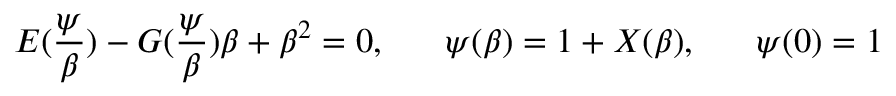
E ( \frac { \psi } { \beta } ) - G ( \frac { \psi } { \beta } ) \beta + \beta ^ { 2 } = 0 , \; \; \; \; \; \; \psi ( \beta ) = 1 + X ( \beta ) , \; \; \; \; \; \; \psi ( 0 ) = 1